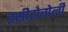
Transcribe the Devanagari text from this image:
इसीटोबोली